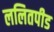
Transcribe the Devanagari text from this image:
ललितपीड